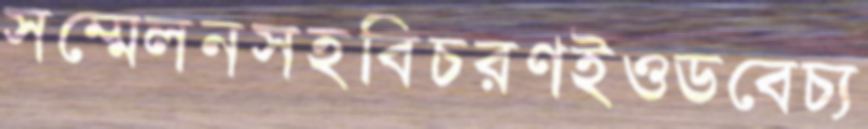
সম্মেলনসহবিচরণইওডবেচ্য